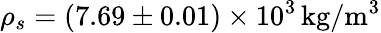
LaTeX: \rho_{s}=\left(7.69\pm 0.01\right)\times 10^{3}\, \mathrm{kg/m^{3}}